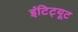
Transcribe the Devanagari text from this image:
इंटिट्यूट